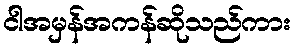
ငါအမှန်အကန်ဆိုသည်ကား